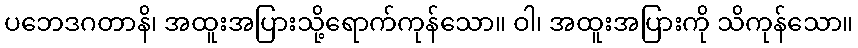
ပဘေဒဂတာနိ၊ အထူးအပြားသို့ရောက်ကုန်သော။ ဝါ၊ အထူးအပြားကို သိကုန်သော။